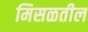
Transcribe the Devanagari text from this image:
मिसळतील